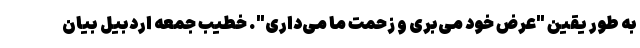
به طور یقین "عرض خود می‌بری و زحمت ما می‌داری". خطیب جمعه اردبیل بیان